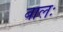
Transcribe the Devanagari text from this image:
बालः